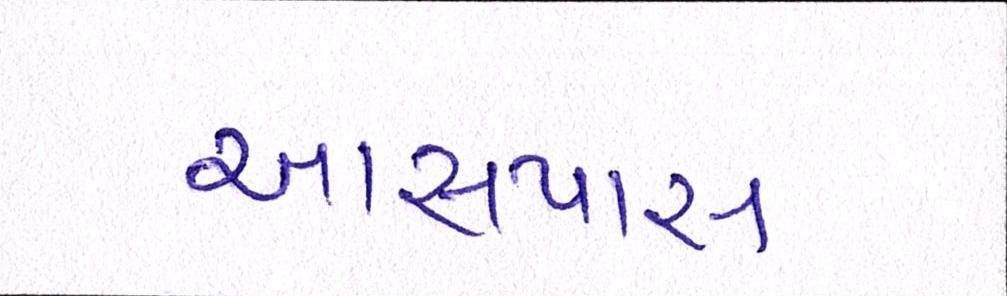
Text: આસપાસ